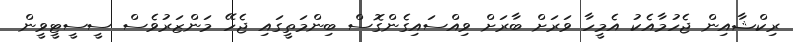
ރިކްޝާއިން ޖެހުމާއެކު އެމީހާ ވަރަށް ބާރަށް ވިއްސައިގެންގޮސް ބިންމަތީގައި ޖެހޭ މަންޒަރުވެސް ސީސީޓީވީން